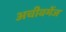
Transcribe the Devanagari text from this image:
अचीवमेंज